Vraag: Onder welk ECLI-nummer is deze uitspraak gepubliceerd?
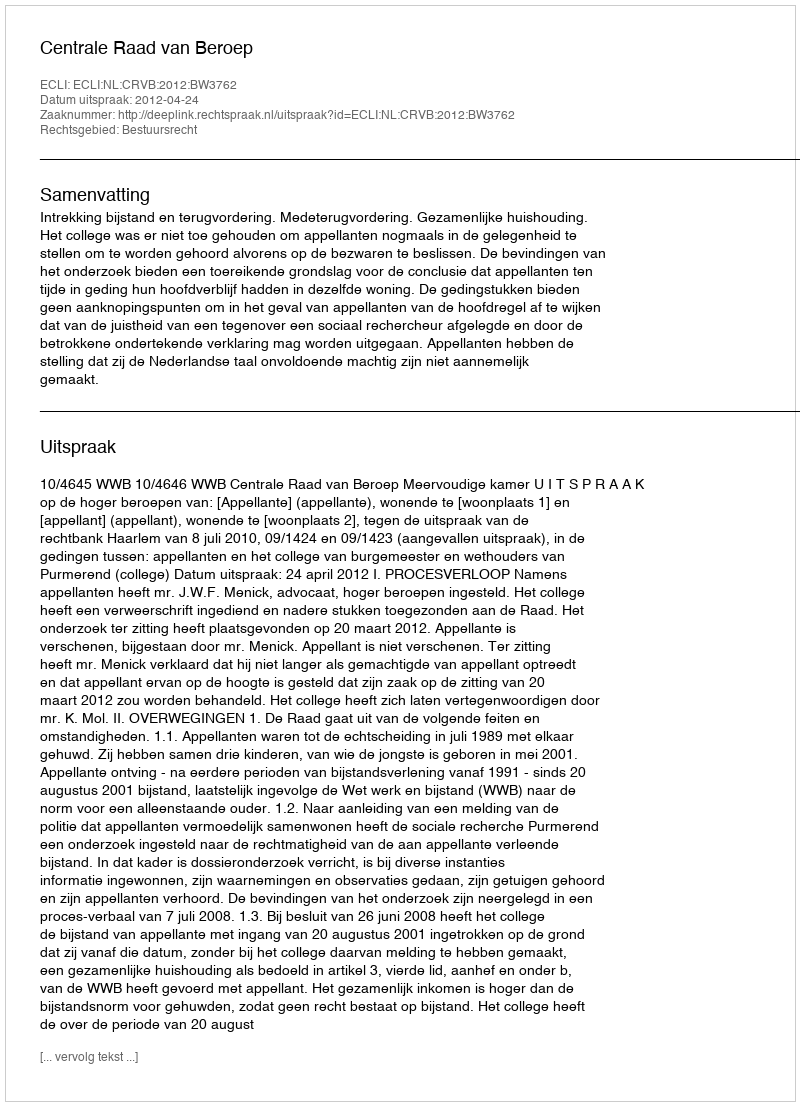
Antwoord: ECLI:NL:CRVB:2012:BW3762